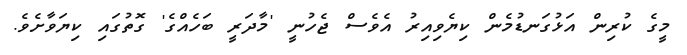
މީގެ ކުރިން އަޅުގަނޑުމެން ކިޔެވިއިރު އެވެސް ޖެހުނީ 'މާދަރީ ބަހެއްގެ' ގޮތުގައި ކިޔަވާށެވެ.